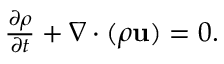
\begin{array} { r } { \frac { \partial \rho } { \partial t } + \nabla \cdot ( \rho \mathbf { u } ) = 0 . } \end{array}